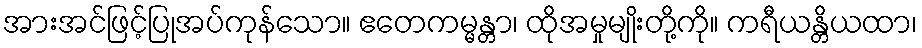
အားအင်ဖြင့်ပြုအပ်ကုန်သော။ ဧတေကမ္မန္တာ၊ ထိုအမှုမျိုးတို့ကို။ ကရီယန္တိယထာ၊